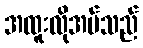
အထူးလိုအပ်သည်